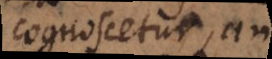
cognoscetur, an